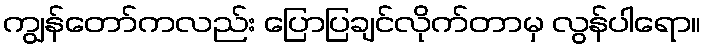
ကျွန်တော်ကလည်း ပြောပြချင်လိုက်တာမှ လွန်ပါရော။